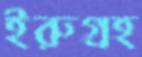
ইরুগ্রহ